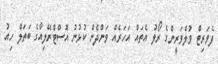
ފެވަރިޓް ވުލްވަރީންގެ ރޯލު އެތައް އަހަރެއް ވަންދެން ކުޅުނު އޮސްޓްރޭލިއާގެ ބަތަލް ހިއު